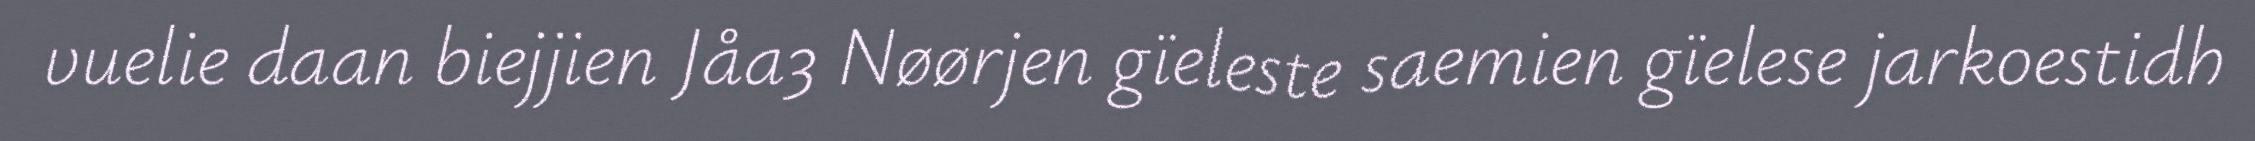
vuelie daan biejjien Jåa3 Nøørjen gïeleste saemien gïelese jarkoestidh